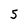
Character: 5